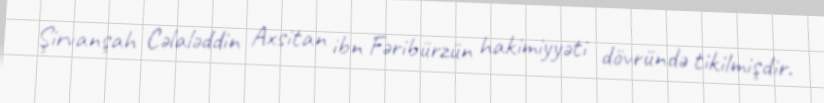
Şirvanşah Cəlaləddin Axsitan ibn Fəribürzün hakimiyyəti dövründə tikilmişdir.